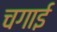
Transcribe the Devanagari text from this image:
चगाई